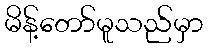
မိန့်တော်မူသည်မှာ